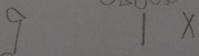
9 1 \times